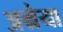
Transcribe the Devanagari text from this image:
अम्रेया